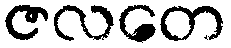
ဇလတေ